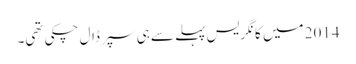
2014 میں کانگریس پہلے سے ہی سپر ڈال چکی تھی۔